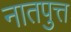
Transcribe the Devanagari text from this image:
नातपुत्त